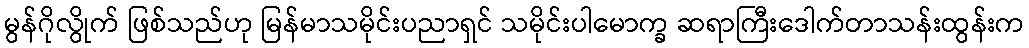
မွန်ဂိုလွိုက် ဖြစ်သည်ဟု မြန်မာသမိုင်းပညာရှင် သမိုင်းပါမောက္ခ ဆရာကြီးဒေါက်တာသန်းထွန်းက